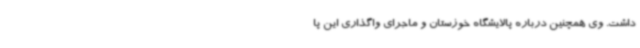
داشت. ‌وی همچنین درباره پالایشگاه خوزستان و ماجرای واگذاری این پا